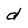
Character: d